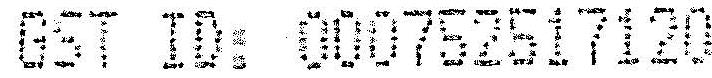
GST ID: 000752517120